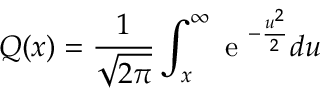
Q ( x ) = \frac { 1 } { \sqrt { 2 \pi } } \int _ { x } ^ { \infty } \textrm { e } ^ { - \frac { u ^ { 2 } } { 2 } } d u